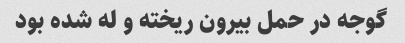
گوجه در حمل بیرون ریخته و له شده بود